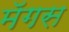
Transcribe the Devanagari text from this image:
मॅगस